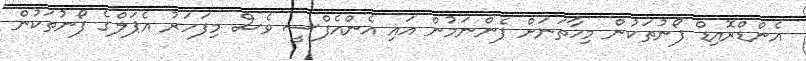
އެންޑްރޮއިޑް ފޯނުތަކުން މިހާތަނަށް ފެންނަމުން އައި އެންއެފްސީ ވެސް މިފަހަރު އެޕަލްގެ ފޯނުތަކުން